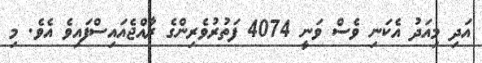
އަދި މިއަދު އެކަނި ވެސް ވަނީ 4074 ފަތުރުވެރިންގެ ރާއްޖެއައިސްފައިވެ އެވެ. މި